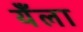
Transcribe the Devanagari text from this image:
येँला